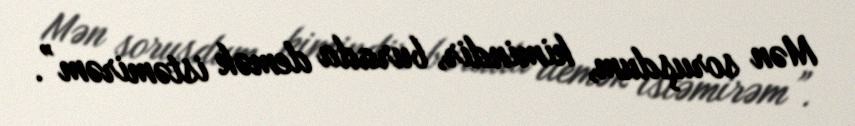
Mən soruşdum, kimindir, burada demək istəmirəm”.